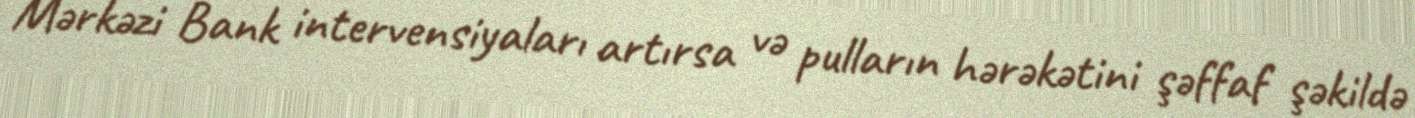
Mərkəzi Bank intervensiyaları artırsa və pulların hərəkətini şəffaf şəkildə